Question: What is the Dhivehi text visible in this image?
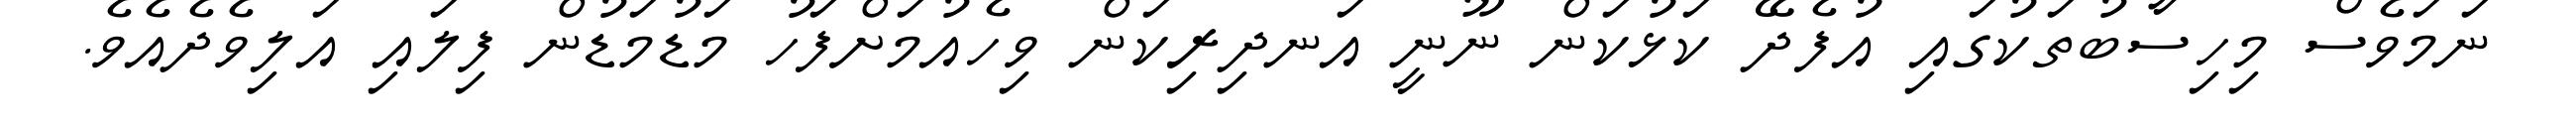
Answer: ނަމަވެސް މިހިސާބުތަކުގައި އުފެދޭ ކަޅުކަން ނޫނީ އަނދިރިކަން ވިހެއުމަށްފަހު މަޑުމަޑުން ފިލައި އަލިވެދެއެވެ.